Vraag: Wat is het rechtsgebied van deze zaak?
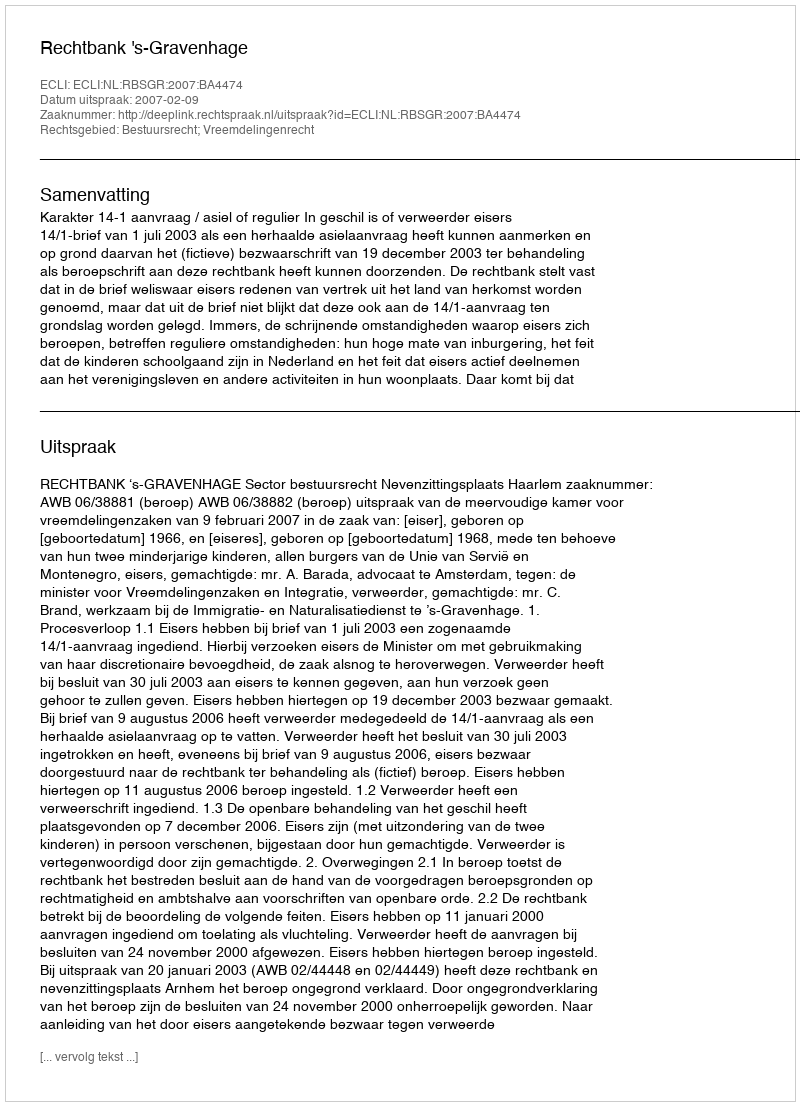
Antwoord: Bestuursrecht; Vreemdelingenrecht